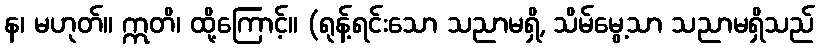
န၊ မဟုတ်။ ဣတိ၊ ထို့ကြောင့်။ (ရုန့်ရင်းသော သညာမရှိ, သိမ်မွေ့သာ သညာမရှိသည်